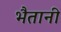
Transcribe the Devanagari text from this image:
भैतानी